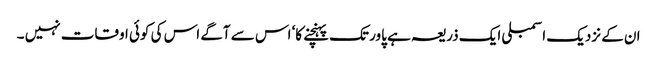
ان کے نزدیک اسمبلی ایک ذریعہ ہے پاور تک پہنچنے کا‘ اس سے آگے اس کی کوئی اوقات نہیں ۔